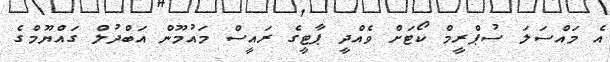
އެ މައްސަލަ ސުޕްރީމް ކޯޓަށް ވެއްދީ ޕާޓީގެ ރައީސް މައުމޫން އަބްދުލް ގައްޔޫމްގެ